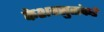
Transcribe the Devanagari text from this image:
केशवसुतांकडे